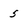
Character: 5